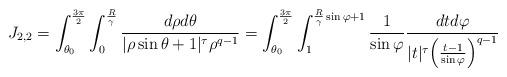
LaTeX: \begin{align*}J_{2,2} =\int_{\theta_0}^{\frac{3\pi}{2}}\int_{0}^{\frac{R}{\gamma}}\frac{d\rho d\theta}{|\rho \sin\theta+1|^{\tau}\rho^{q-1}}=\int_{\theta_{0}}^{\frac{3\pi}{2}}\int_{1}^{\frac{R}{\gamma} \sin\varphi+1}\frac{1}{\sin\varphi}\frac{dt d\varphi}{|t|^{\tau} \Big(\frac{t-1}{\sin\varphi}\Big)^{q-1}}\end{align*}